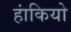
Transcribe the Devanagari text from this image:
हांकियो